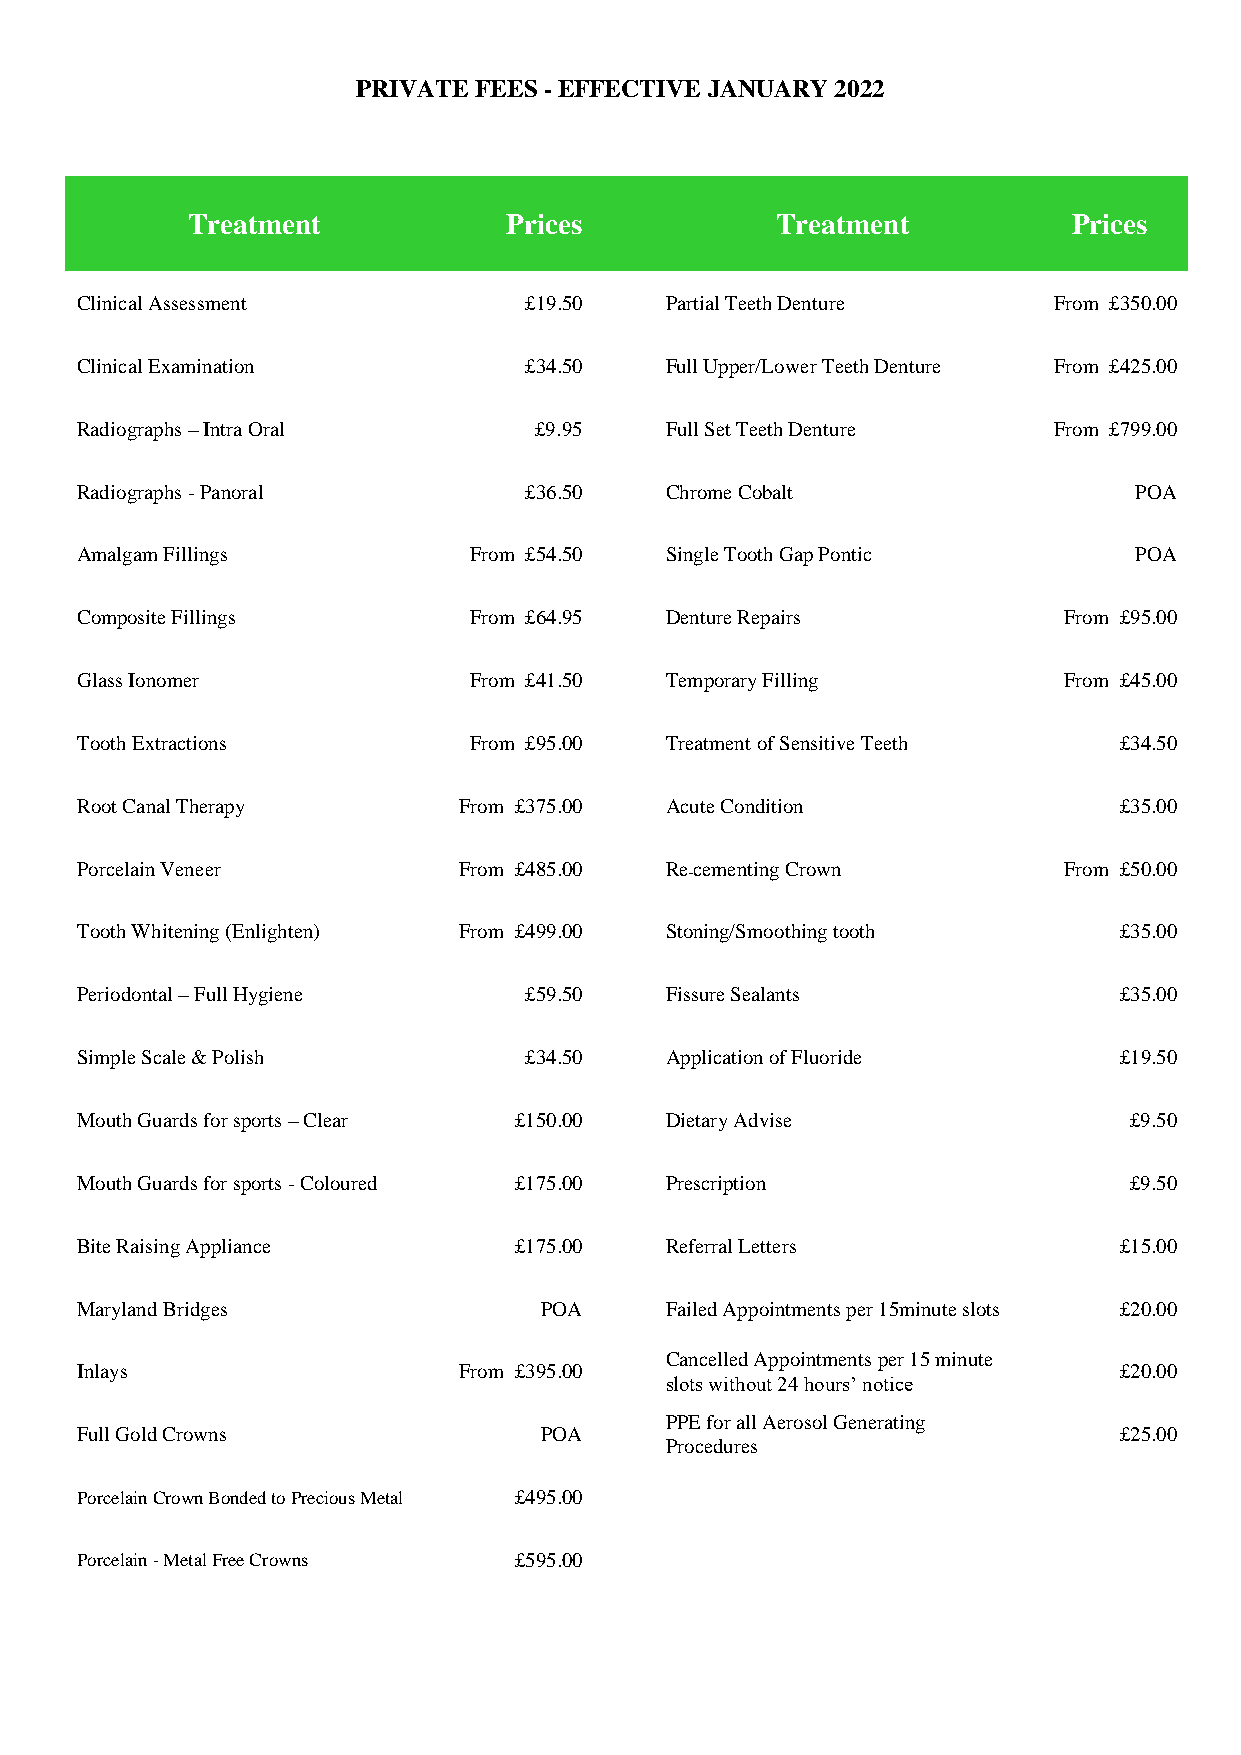
PRIVATE FEES - EFFECTIVE JANUARY 2022
 Treatment             Prices           Treatment           Prices
 Clinical Assessment           £19.50   Partial Teeth Denture     From £350.00
 Clinical Examination          £34.50   Full Upper/Lower Teeth Denture From £425.00
 Radiographs – Intra Oral      £9.95    Full Set Teeth Denture    From £799.00
 Radiographs - Panoral         £36.50   Chrome Cobalt                  POA
 Amalgam Fillings          From £54.50  Single Tooth Gap Pontic        POA
 Composite Fillings        From £64.95  Denture Repairs           From £95.00
 Glass Ionomer             From £41.50  Temporary Filling         From £45.00
 Tooth Extractions         From £95.00  Treatment of Sensitive Teeth  £34.50
 Root Canal Therapy       From £375.00  Acute Condition               £35.00
 Porcelain Veneer         From £485.00  Recementing Crown         From £50.00
 -
 Tooth Whitening (Enlighten) From £499.00 Stoning/Smoothing tooth     £35.00
 Periodontal – Full Hygiene    £59.50   Fissure Sealants              £35.00
 Simple Scale & Polish         £34.50   Application of Fluoride       £19.50
 Mouth Guards for sports – Clear £150.00 Dietary Advise                £9.50
 Mouth Guards for sports - Coloured £175.00 Prescription               £9.50
 Bite Raising Appliance       £175.00   Referral Letters              £15.00
 Maryland Bridges               POA     Failed Appointments per 15minute slots £20.00
 Cancelled Appointments per 15 minute
 Inlays                   From £395.00                                £20.00
 slots without 24 hours’ notice
 PPE for all Aerosol Generating
 Full Gold Crowns               POA                                   £25.00
 Procedures
 Porcelain Crown Bonded to Precious Metal £495.00
 Porcelain - Metal Free Crowns £595.00